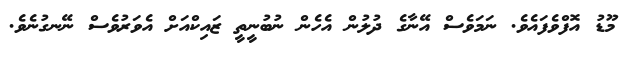
މޫޑު އޮފްވެފައެވެ. ނަމަވެސް އޭނާގެ ދުލުން އެހެން ނުބުނީތީ ޒައިކްއަށް އެވަރުވެސް ނޭނގުނެވެ.